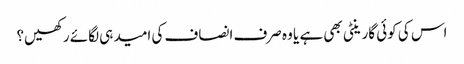
اس کی کوئی گارینٹی بھی ہے یا وہ صرف انصاف کی امید ہی لگائے رکھیں؟